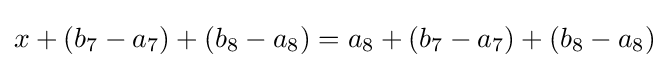
x+(b_{7}-a_{7})+(b_{8}-a_{8})=a_{8}+(b_{7}-a_{7})+(b_{8}-a_{8})